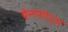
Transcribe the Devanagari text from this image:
देनफोर्थ